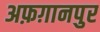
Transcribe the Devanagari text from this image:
अफ़ग़ानपुर